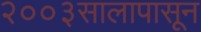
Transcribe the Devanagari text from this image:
२००३सालापासून